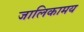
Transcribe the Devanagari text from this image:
जालिकामय